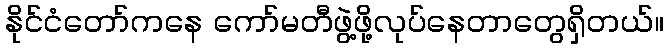
နိုင်ငံတော်ကနေ ကော်မတီဖွဲ့ဖို့လုပ်နေတာတွေရှိတယ်။